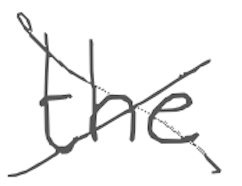
Text: the
Cross-out: cross
Writing tool: digital_gray